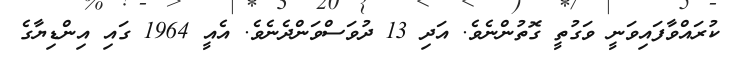
ކުރައްވާފައިވަނީ ވަގުތީ ގޮތުންނެވެ. އަދި 13 ދުވަސްވަންދެނެވެ. އެއީ 1964 ގައި އިންޑިޔާގެ